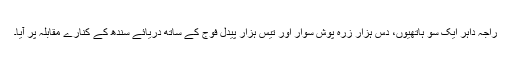
راجہ داہر ایک سو ہاتھیوں، دس ہزار زرہ پوش سوار اور تیس ہزار پیدل فوج کے ساتھ دریائے سندھ کے کنارے مقابلہ پر آیا۔